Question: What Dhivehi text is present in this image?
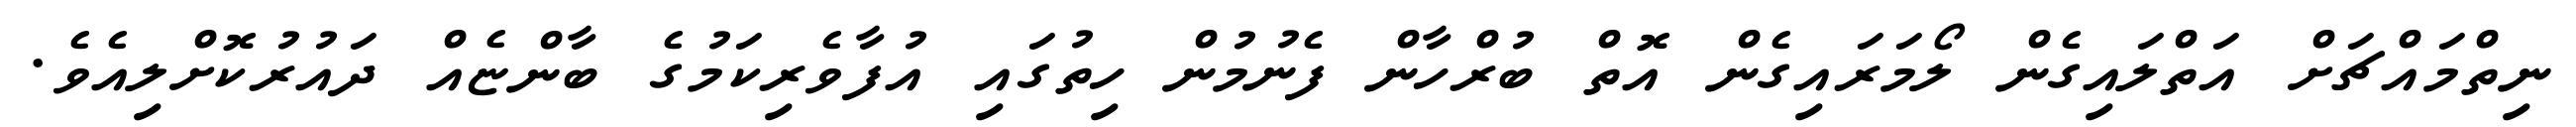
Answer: ނިތްމައްޗަށް އަތްލައިގެން ލޯމަރައިގެން އޮތް ބުރްހާން ފެނުމުން ހިތުގައި އުފާވެރިކަމުގެ ބާންޏެއް ދައުރުކޮށްލިއެވެ.